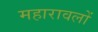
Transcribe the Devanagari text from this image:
महारावलों